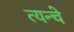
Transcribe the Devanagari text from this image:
त्यन्चे